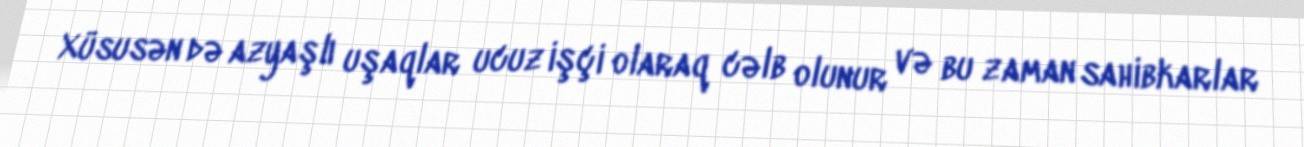
Xüsusən də azyaşlı uşaqlar ucuz işçi olaraq cəlb olunur və bu zaman sahibkarlar